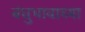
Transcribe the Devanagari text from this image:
बंधुभावाच्या